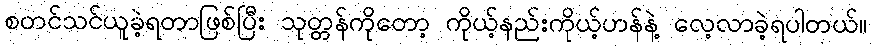
စတင်သင်ယူခဲ့ရတာဖြစ်ပြီး သုတ္တန်ကိုတော့ ကိုယ့်နည်းကိုယ့်ဟန်နဲ့ လေ့လာခဲ့ရပါတယ်။